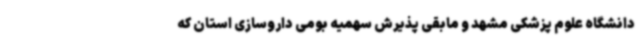
دانشگاه علوم پزشکی مشهد و مابقی پذیرش سهمیه بومی داروسازی استان که